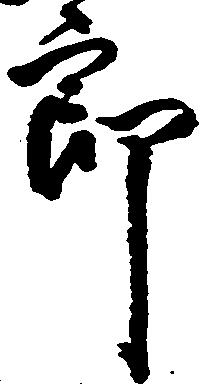
郎